Report on malaria in the Punjab during the year ...  together with an account of the work of the Punjab Malaria Bureau - Volume 4
Disease focus: Malaria
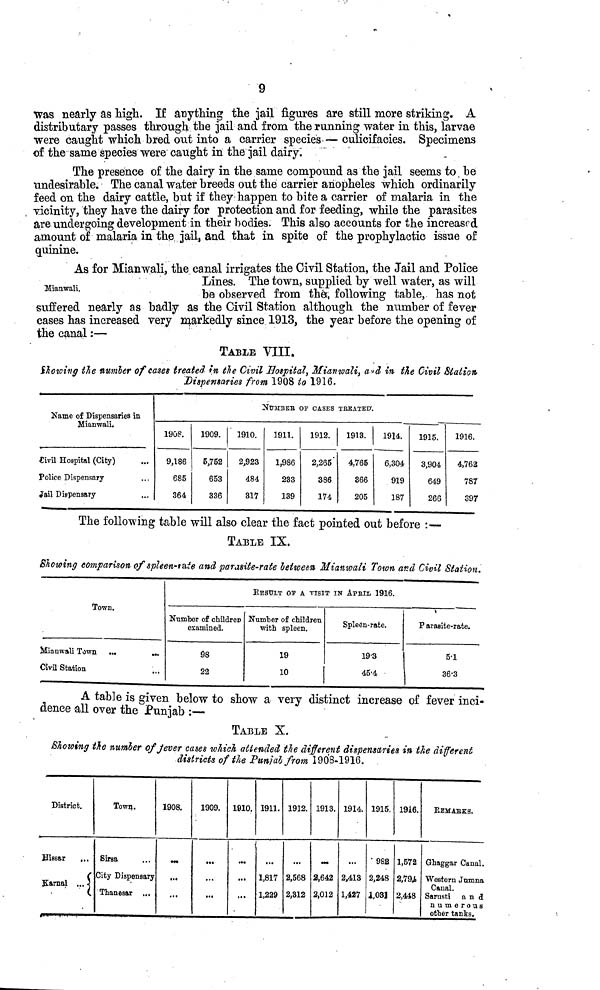
9
was nearly as high. If anything the jail figures are still more striking. A
distributary passes through the jail and from the running water in this, larvae
were caught which bred out into a carrier species — culicifacies. Specimens
of the same species were caught in the jail dairy.
The presence of the dairy in the same compound as the jail seems to, be
undesirable. The canal water breeds out the carrier anopheles which ordinarily
feed on the dairy cattle, but if they happen to bite a carrier of malaria in the
vicinity, they have the dairy for protection and for feeding, while the parasites
are undergoing development in their bodies. This also accounts for the increased
amount of malaria in the jail, and that in spite of the prophylactic issue of
quinine.
Mianwah.
As for Mianwali, the canal irrigates the Civil Station, the Jail and Police
Lines. The town, supplied by well water, as will
be observed from the, following table, has not
suffered nearly as badly as the Civil Station altnough tne number oí rever
cases has increased very markedly since 1913, the year before the opening of
the canal :—
TABLE VIII.
Showing the number of cases treated in the Civil Hospital, Mianwali, and in the Civil Station
Dispensaries from 1908 to 1916.
Name of Dispensaries in
Mianwali.
Civil Hospital (City)
Police Dispensary
Jail Dispensary
1908
9,186
685
364
1909.
5,752
653
336
NUMBER OF
1910.
2,923
484
317
1911.
1,986
233
139
CASES
1912.
2,265'
386
174
TREATED.
1913.
4,765
366
205
1914.
6,304
919
187
1915.
3,904
649
266
1916.
4,762
787
397
The following table will also clear the fact pointed out before :—
TABLE IX.
Showing comparison of spleen-rate and parasite-rate between Mianiwali Town and Civil Station.
Town.
Mianwali Town
...
...
Civil Station
RESULT OF A VISIT IN APRIL 1916.
»
Number of children
examined.
98
22
Number of children
with spleen.
19
10
Spleen-rate.
19·3
45·4
Parasite-rate.
5·1
36·3
A table is given below to show a very distinct increase of fever inci-
dence all over the Punjab :—
TABLE X.
Showing tîte number of fever cases which attended the different dispensaries in the different
districts of the Punjab from 1908-1916.
District.
Hissar
,.,
Karnal ... 5
Town.
Sirsa
City Dispensary
Thanesar ...
1908.
...
...
...
1909.
...
...
1910.
...
...
1911.
1,817
1,229
1912.
2,568
2,312
1913.
2,642
2,012
1914.
2,413
1,427
1915.
1982
2,248
1,031
1916.
1,572
2,794
2,448
REMARKS.
Ghaggar Canal.
Western Jumna
Canal.
Sarusti
and
numerous
other tanks.